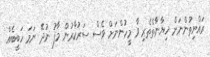
ރައްޔިތުންނަށް ޚިޔާނާތްްތެރި ވާ މީހުންނަށް ވެސް ސަރުކާރުން މާފު ނުދޭ ނަމަ ހަބީބެއް